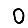
Digit: 0